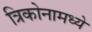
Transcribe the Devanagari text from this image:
त्रिकोनामध्ये